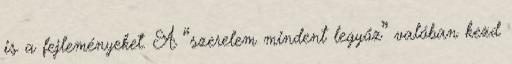
is a fejleményeket. A “szerelem mindent legyőz” valóban kezd